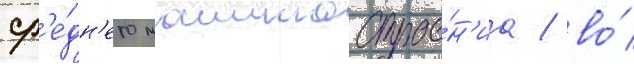
ср'е́дн'его машинострое́н'иа / во́